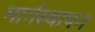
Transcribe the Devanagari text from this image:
मार्गस्थापन